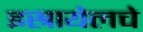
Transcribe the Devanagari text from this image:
इस्रायेलचे